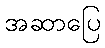
အဆာပြေ